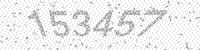
Solution: 153457